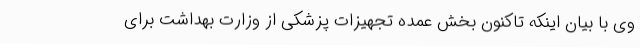
وی با بیان اینکه تاکنون بخش عمده تجهیزات پزشکی از وزارت بهداشت برای